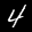
Label: 4